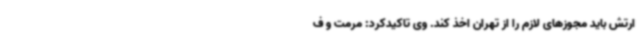
ارتش باید مجوزهای لازم را از تهران اخذ کند. وی تاکیدکرد: مرمت و ف